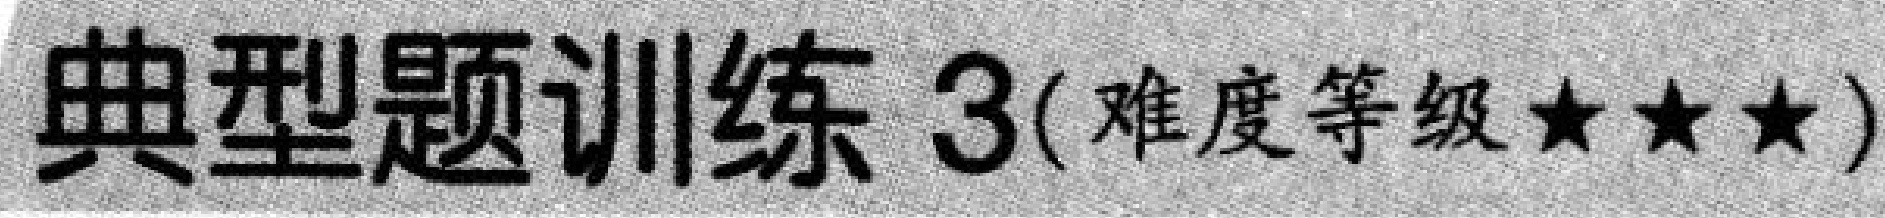
典型题训练 3(难度等级★★★)